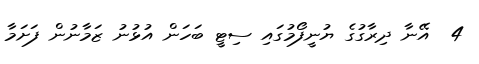
4  އޭނާ ދިރާގުގެ ޔުނީފޯމުގައި ސިޓީ ބަހަން އުޅުނު ޒަމާނުން ފަށަމާ